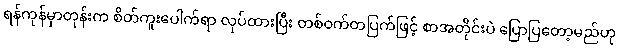
ရန်ကုန်မှာတုန်းက စိတ်ကူးပေါက်ရာ လုပ်ထားပြီး တစ်ဝက်တပြက်ဖြင့် စာအတိုင်းပဲ ပြောပြတော့မည်ဟု